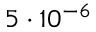
5 \cdot 1 0 ^ { - 6 }